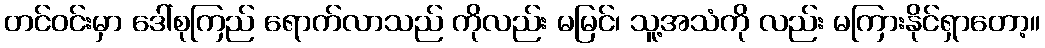
တင်ဝင်းမှာ ဒေါ်စုကြည် ရောက်လာသည် ကိုလည်း မမြင်၊ သူ့အသံကို လည်း မကြားနိုင်ရှာတော့။